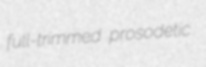
full-trimmed prosodetic